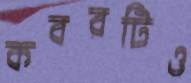
কবরটিও